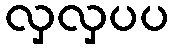
လှလှပပ